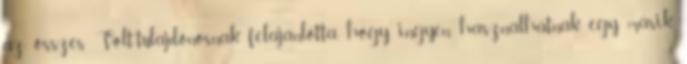
az összes Volt-tulajdonosnak felajánlotta, hogy ingyen használhatnak egy másik